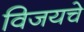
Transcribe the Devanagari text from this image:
विजयचे